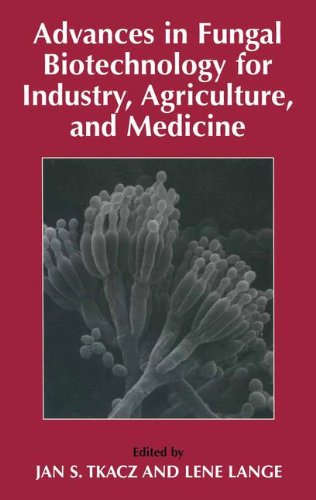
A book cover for Advances in Fungal Biotechnology for Industry, Agriculture, and Medicine; Medical Books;